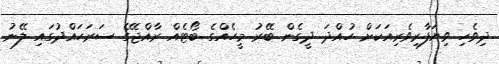
ދިވެހި ވިޔަފާރިވެރިއަކަށް ހުއްދަ ދީގެން ބޭރު މީހެއްގެ ބޯޓެއް ރާއްޖޭގެ ސަރަހައްދުގައި ލޭނު